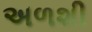
અળશી